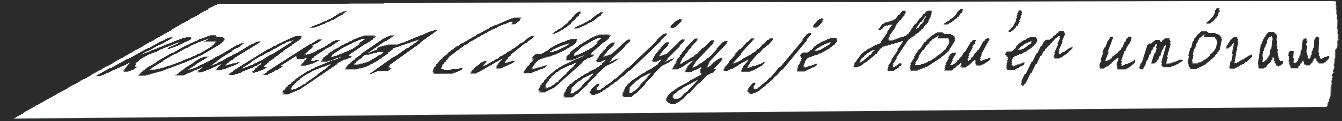
кома́нды Сл'е́дуjущиjе Но́м'ер ито́гам